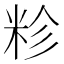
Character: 𮇏